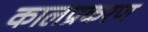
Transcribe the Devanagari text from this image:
कालप्रकरण